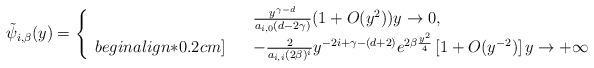
LaTeX: \begin{align*}\tilde{\psi}_{i,\beta}(y) = \left\{ \begin{array}{rcl}& & \frac{y^{\gamma -d}}{a_{i, 0}(d-2\gamma)} ( 1 + O(y^2)) y \to 0, \\begin{align*}0.2cm] & & -\frac{2}{a_{i,i}(2\beta)^{i}} y^{-2i + \gamma -(d+2)} e^{2\beta\frac{y^2}{4}} \left[ 1+ O( y^{-2}) \right] y \to +\infty\end{array} \right.\end{align*}